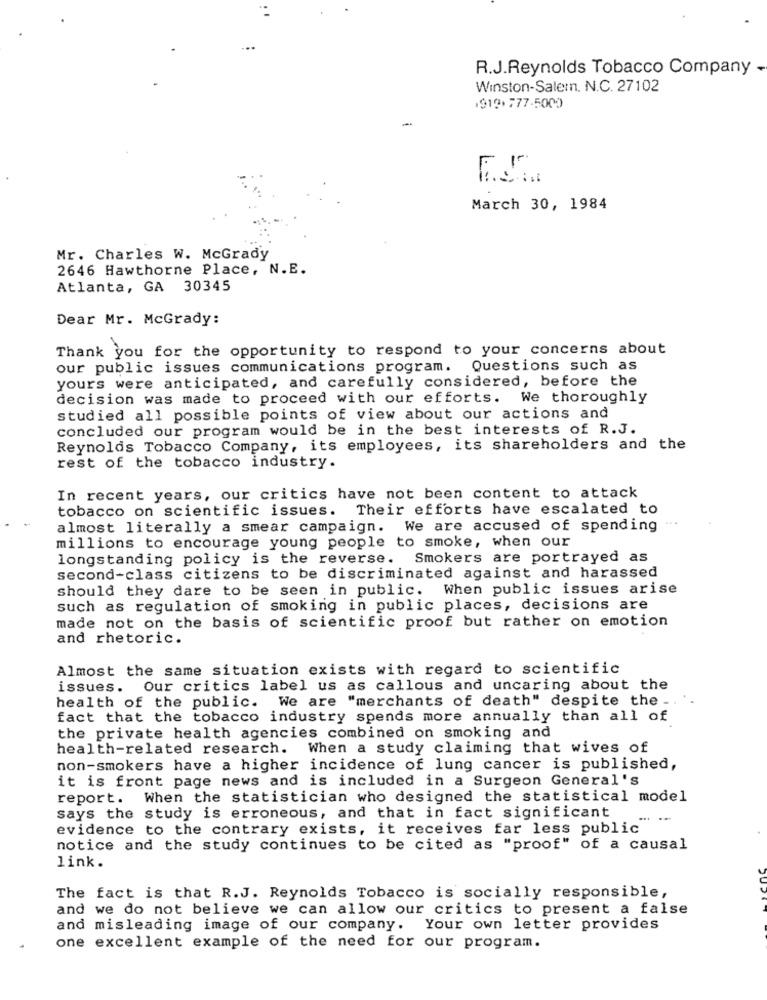
R.J.Reynolds Tobacco Company -
Winston-Salemn. N.C. 27102
1919.777-5000
-
March 30, 1984
Mr. Charles W. McGrady
2646 Hawthorne Place, N.E.
Atlanta, GA 30345
Dear Mr. McGrady:
Thank you for the opportunity to respond to your concerns about
our public issues communications program. Questions such as
yours were anticipated, and carefully considered, before the
decision was made to proceed with our efforts. We thoroughly
studied all possible points of view about our actions and
concluded our program would be in the best interests of R.J.
Reynolds Tobacco Company, its employees, its shareholders and the
rest of the tobacco industry.
In recent years, our critics have not been content to attack
tobacco on scientific issues. Their efforts have escalated to
almost literally a smear campaign. We are accused of spending
millions to encourage young people to smoke, when our
longstanding policy is the reverse. Smokers are portrayed as
second-class citizens to be discriminated against and harassed
should they dare to be seen in public. When public issues arise
such as regulation of smoking in public places, decisions are
made not on the basis of scientific proof but rather on emotion
and rhetoric.
Almost the same situation exists with regard to scientific
issues. Our critics label us as callous and uncaring about the
health of the public. We are "merchants of death" despite the _
fact that the tobacco industry spends more annually than all of
the private health agencies combined on smoking and
health-related research. When a study claiming that wives of
non-smokers have a higher incidence of lung cancer is published,
it is front page news and is included in a Surgeon General's
report. When the statistician who designed the statistical model
says the study is erroneous, and that in fact significant
. -
evidence to the contrary exists, it receives far less public
notice and the study continues to be cited as "proof" of a causal
link.
The fact is that R.J. Reynolds Tobacco is socially responsible,
and we do not believe we can allow our critics to present a false
and misleading image of our company. Your own letter provides
one excellent example of the need for our program.